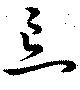
忘